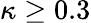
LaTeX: \kappa\geq 0.3